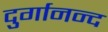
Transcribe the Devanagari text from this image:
दुर्गानन्द